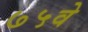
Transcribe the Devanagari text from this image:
७५वे